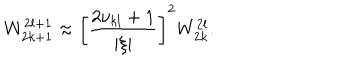
W _ { 2 k + 1 } ^ { 2 l + 1 } \approx \left[ \frac { 2 \nu _ { k l } + 1 } { | \xi | } \right] ^ { 2 } W _ { 2 k } ^ { 2 l } .